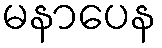
မနာပေန